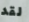
لقد